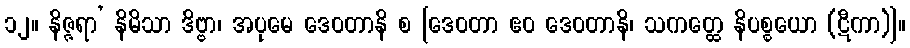
၁၂။ နိဇ္ဇရာ’ နိမိသာ ဒိဗ္ဗာ၊ အပုမေ ဒေဝတာနိ စ [ဒေဝတာ ဧဝ ဒေဝတာနိ၊ သကတ္ထေ နိပစ္စယော (ဋီကာ)]။